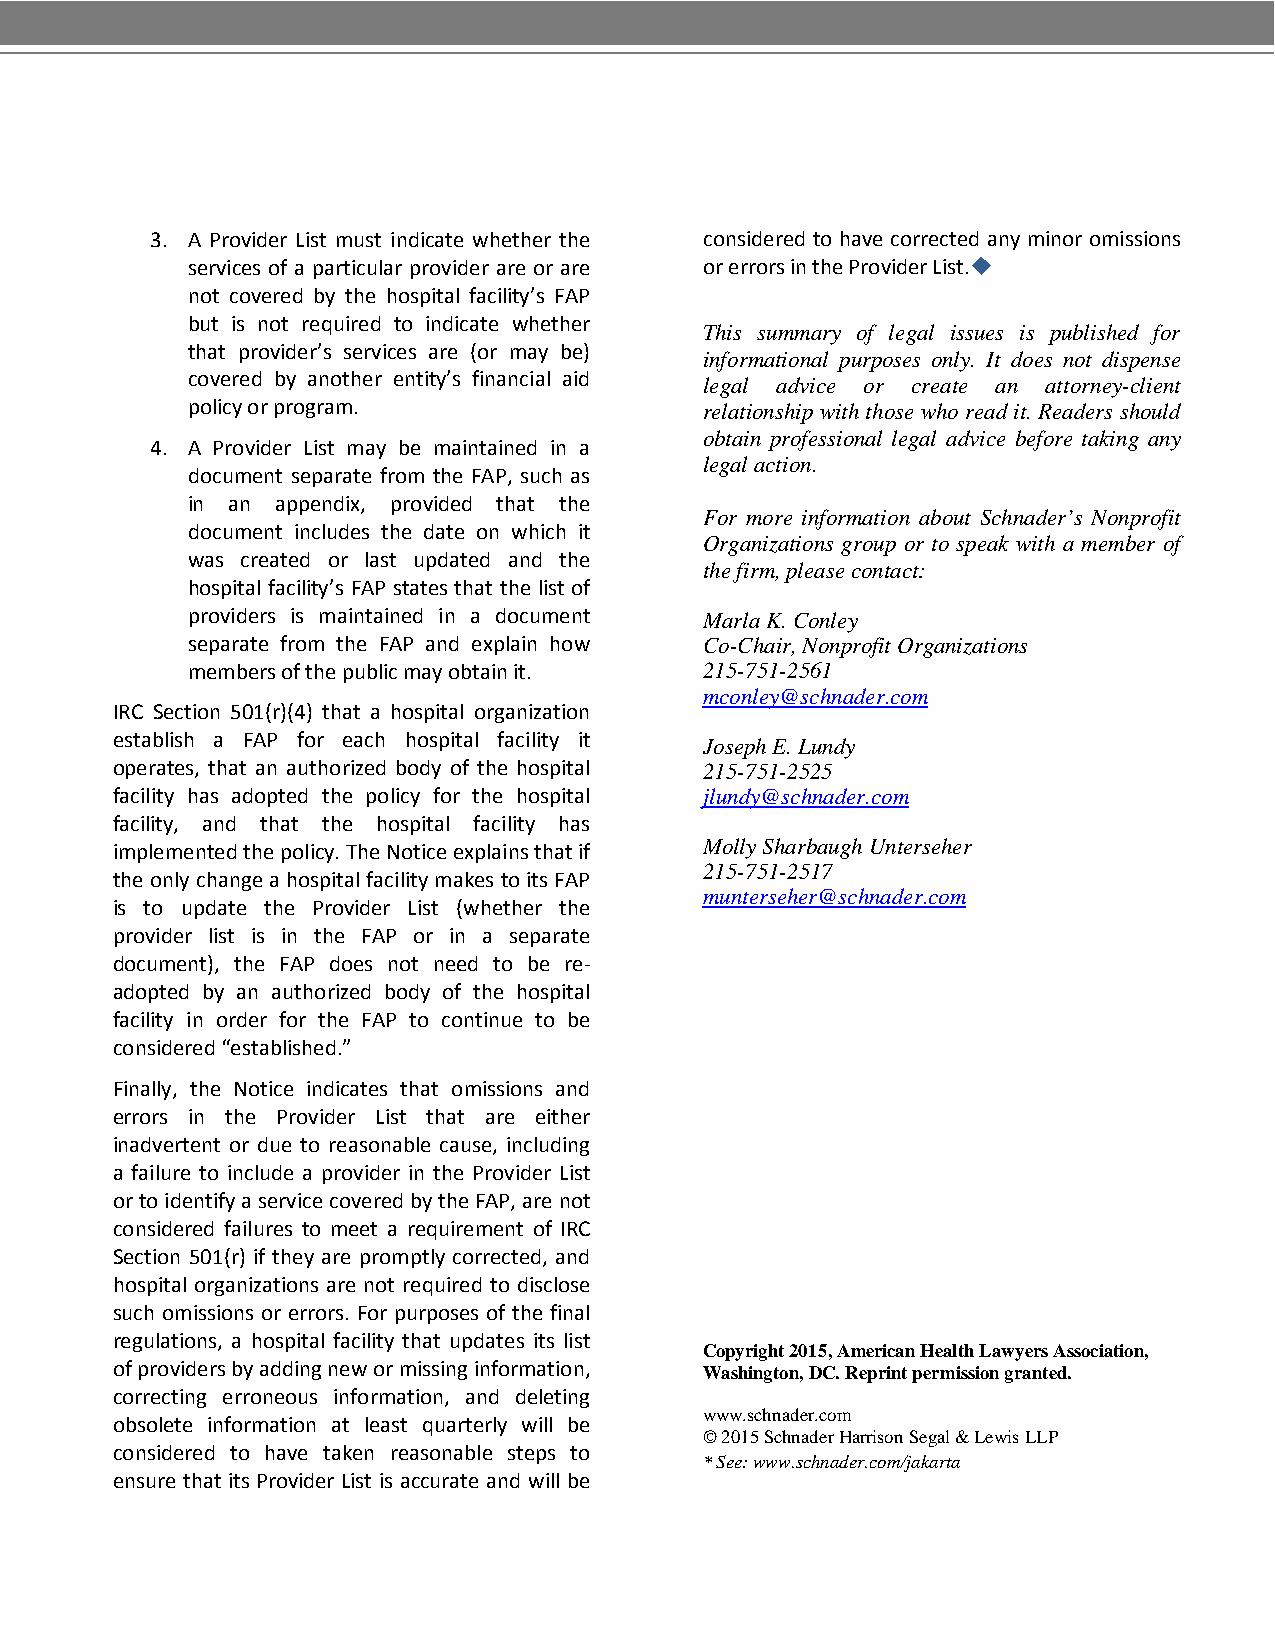
3. A Provider List must indicate whether the considered to have corrected any minor omissions
 services of a particular provider are or are or errors in the Provider List.
 not covered by the hospital facility’s FAP
 but is not required to indicate whether
 This summary of legal issues is published for
 that provider’s services are (or may be)
 informational purposes only. It does not dispense
 covered by another entity’s financial aid
 legal advice or create an attorney-client
 policy or program.
 relationship with those who read it. Readers should
 obtain professional legal advice before taking any
 4. A Provider List may be maintained in a
 legal action.
 document separate from the FAP, such as
 in an appendix, provided that the
 For more information about Schnader’s Nonprofit
 document includes the date on which it
 Organizations group or to speak with a member of
 was created or last updated and the
 the firm, please contact:
 hospital facility’s FAP states that the list of
 providers is maintained in a document
 Marla K. Conley
 separate from the FAP and explain how Co-Chair, Nonprofit Organizations
 members of the public may obtain it. 215-751-2561
 mconley@schnader.com
 IRC Section 501(r)(4) that a hospital organization
 establish a FAP for each hospital facility it
 Joseph E. Lundy
 operates, that an authorized body of the hospital 215-751-2525
 facility has adopted the policy for the hospital jlundy@schnader.com
 facility, and that the hospital facility has
 implemented the policy. The Notice explains that if Molly Sharbaugh Unterseher
 the only change a hospital facility makes to its FAP 215-751-2517
 munterseher@schnader.com
 is to update the Provider List (whether the
 provider list is in the FAP or in a separate
 document), the FAP does not need to be re-
 adopted by an authorized body of the hospital
 facility in order for the FAP to continue to be
 considered “established.”
 Finally, the Notice indicates that omissions and
 errors in the Provider List that are either
 inadvertent or due to reasonable cause, including
 a failure to include a provider in the Provider List
 or to identify a service covered by the FAP, are not
 considered failures to meet a requirement of IRC
 Section 501(r) if they are promptly corrected, and
 hospital organizations are not required to disclose
 such omissions or errors. For purposes of the final
 regulations, a hospital facility that updates its list
 Copyright 2015, American Health Lawyers Association,
 of providers by adding new or missing information,
 Washington, DC. Reprint permission granted.
 correcting erroneous information, and deleting
 obsolete information at least quarterly will be www.schnader.com
 © 2015 Schnader Harrison Segal & Lewis LLP
 considered to have taken reasonable steps to
 * See: www.schnader.com/jakarta
 ensure that its Provider List is accurate and will be